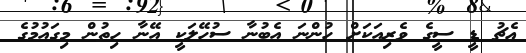
ޢެޗު ޑީ ސީގެ ވެރިއަކަށް ހުންނަ އެބުނާ ސުހޭލަކީ އޭނާ ހިތުން މިގައުމުގެ